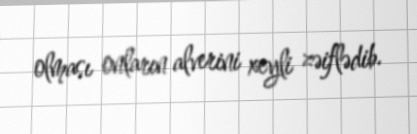
olması onların alverini xeyli zəiflədib.